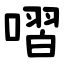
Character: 㗩